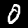
Digit: 0